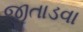
જીતાડવા